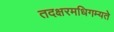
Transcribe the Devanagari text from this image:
तदक्षरमधिगम्यते